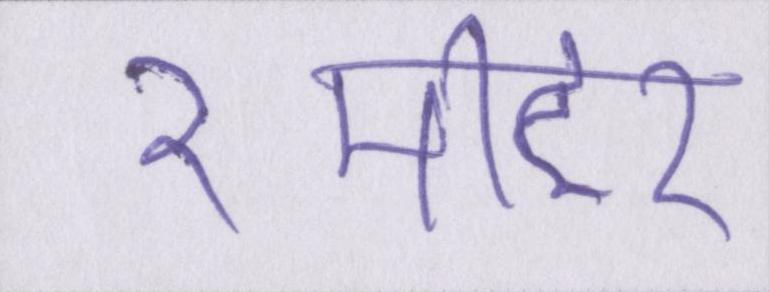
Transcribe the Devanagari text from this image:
२मीटर